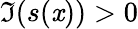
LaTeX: \Im(s(\mathit{x}))>0